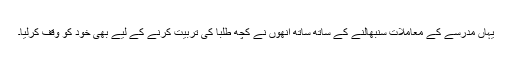
یہاں مدرسے کے معاملات سنبھالنے کے ساتھ ساتھ انھوں نے کچھ طلبا کی تربیت کرنے کے لیے بھی خود کو وقف کرلیا۔